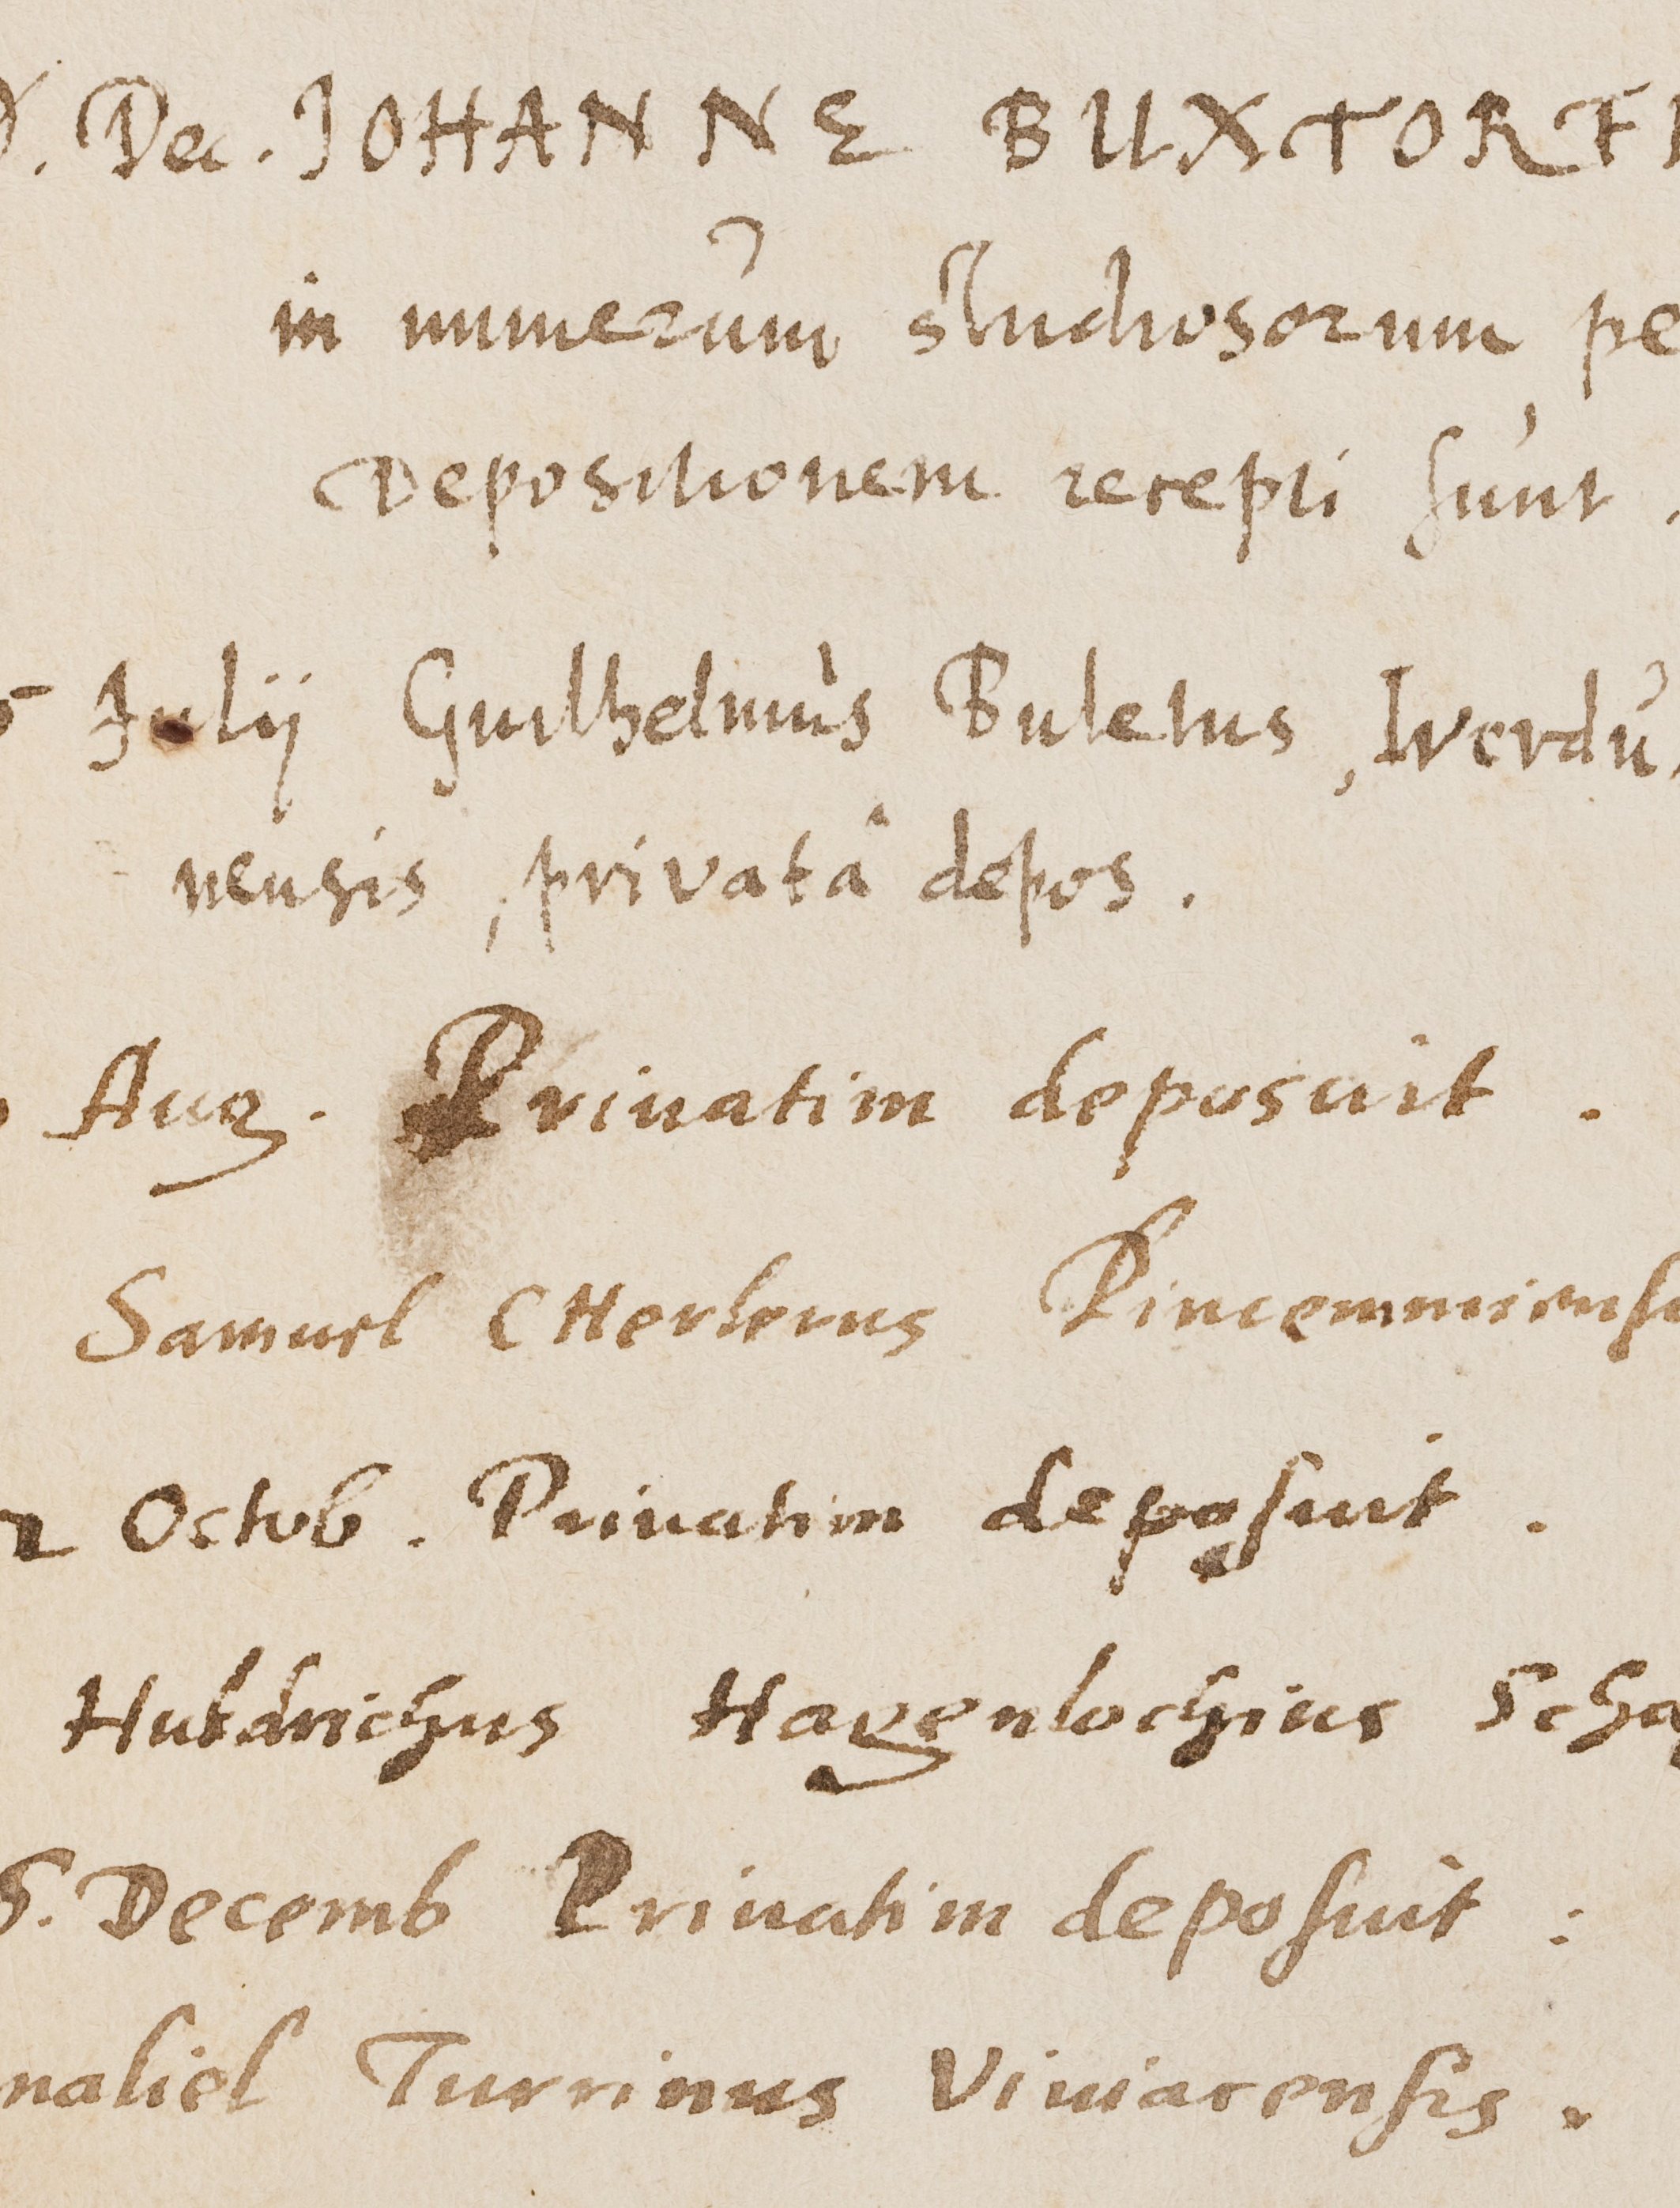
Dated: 1543–1672